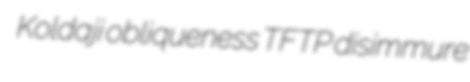
Koldaji obliqueness TFTP disimmure